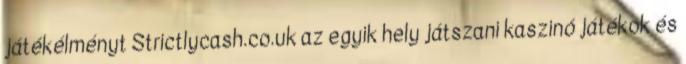
játékélményt Strictlycash.co.uk az egyik hely játszani kaszinó játékok és